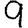
Digit: 9